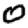
Digit: 0